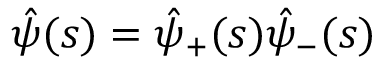
\hat { \psi } ( s ) = \hat { \psi } _ { + } ( s ) \hat { \psi } _ { - } ( s )